65_HS1-834228961_62-HQ-83894_Section_7
Agency: FBI
Page 81
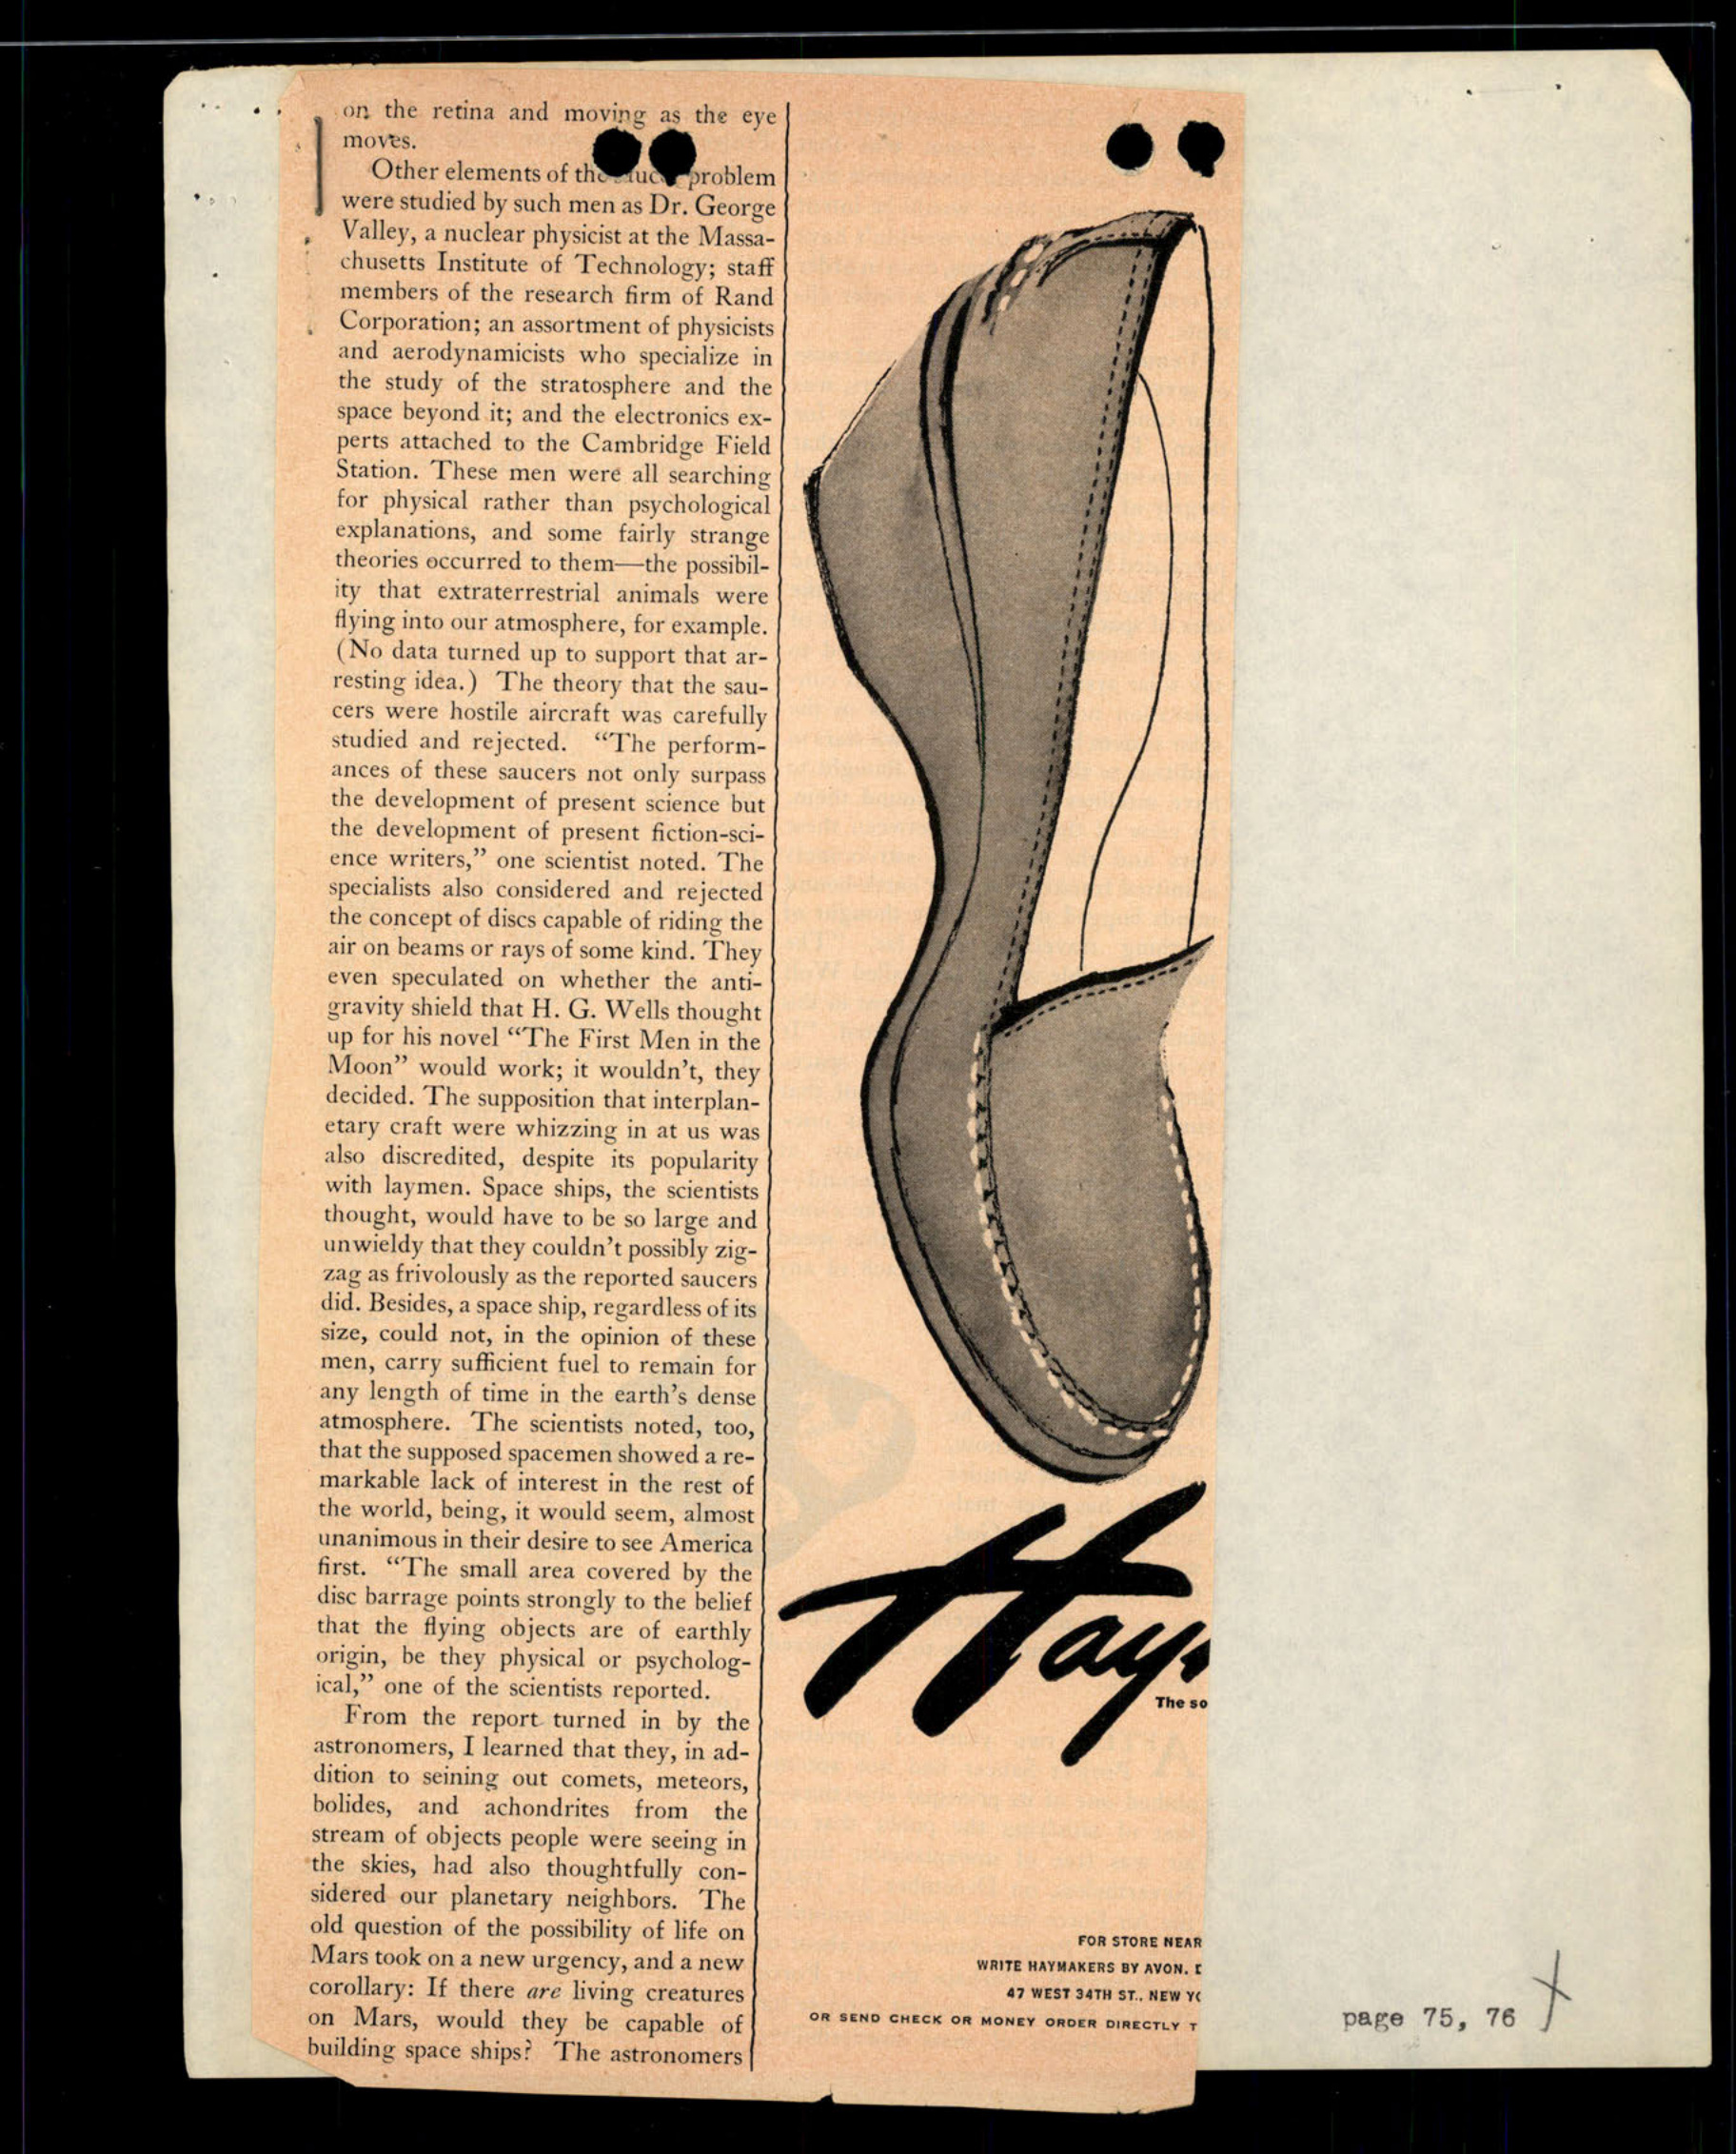